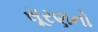
સૂરણનો